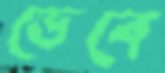
ভেবে